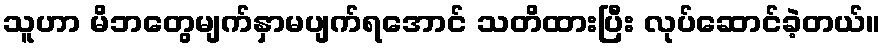
သူဟာ မိဘတွေမျက်နှာမပျက်ရအောင် သတိထားပြီး လုပ်ဆောင်ခဲ့တယ်။